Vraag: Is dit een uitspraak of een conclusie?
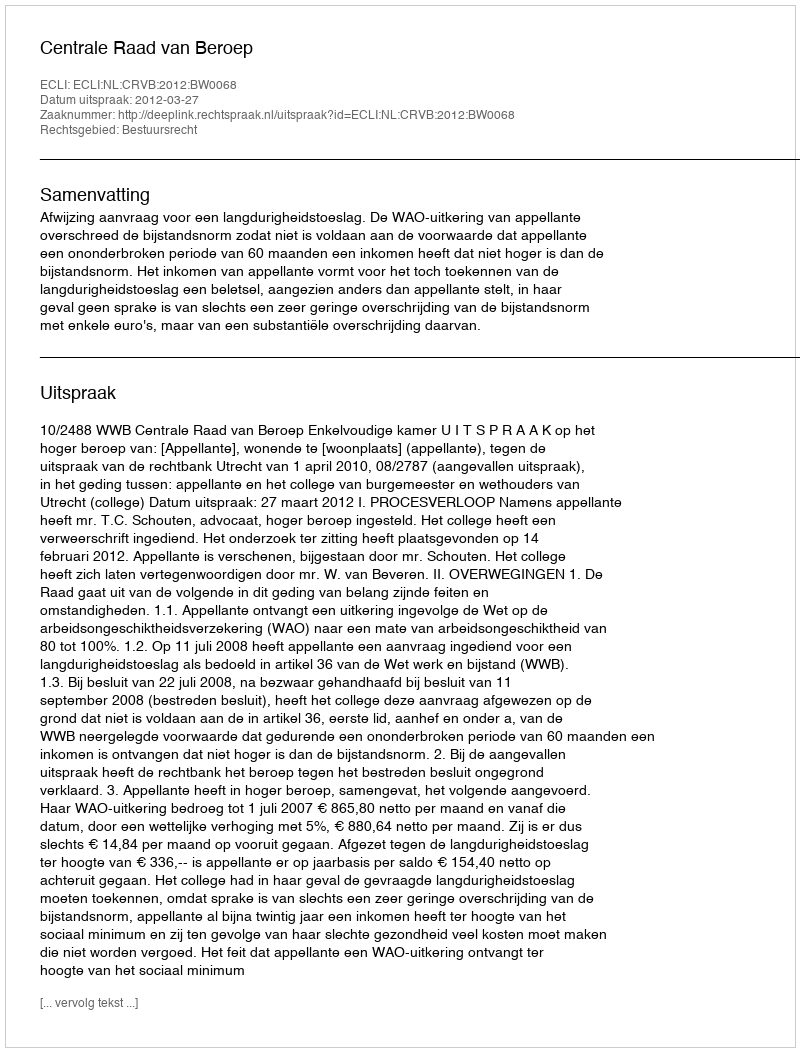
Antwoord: Uitspraak